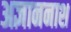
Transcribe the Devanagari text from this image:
अज्ञाननाश